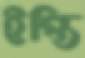
ইপ্তি